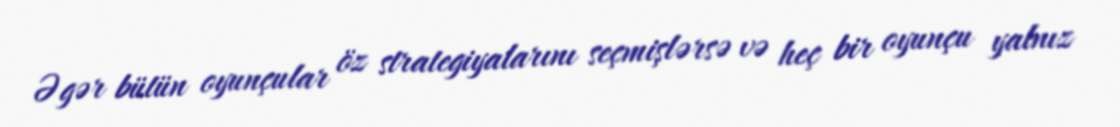
Əgər bütün oyunçular öz strategiyalarını seçmişlərsə və heç bir oyunçu yalnız